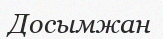
Досымжан